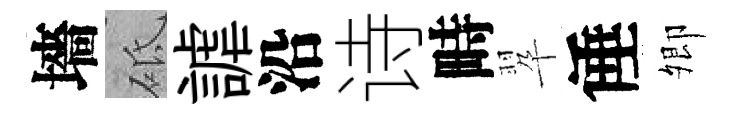
墻砥謔沿诗畤翆倕𡖖